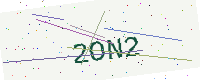
Text: 2ON2